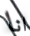
انا